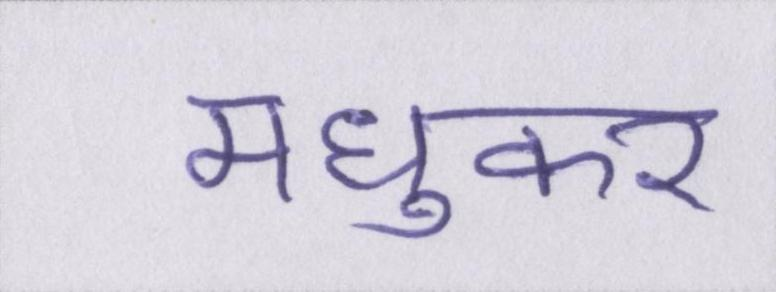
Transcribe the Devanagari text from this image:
मधुकर